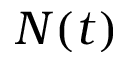
N ( t )